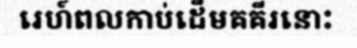
រេហ៍ពលកាប់ដើមគគីរនោះ